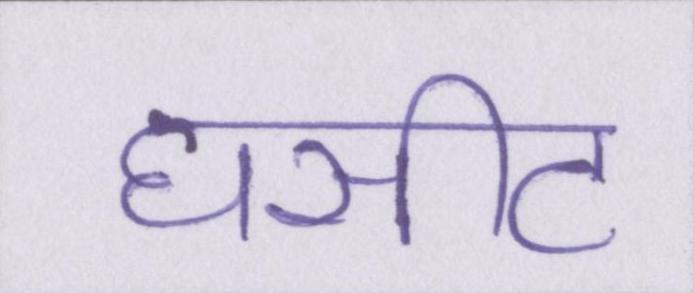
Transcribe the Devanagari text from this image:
घसीट